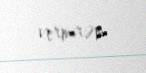
vermirəm.